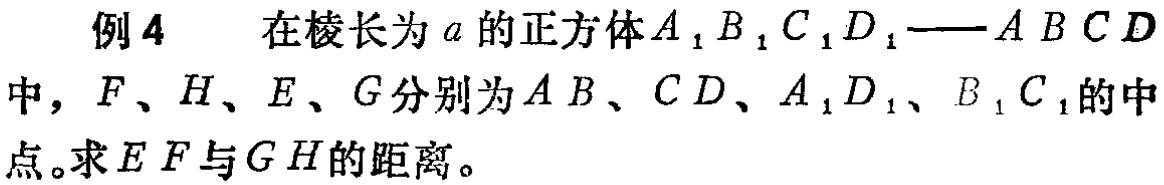
例4 在棱长为\(a\)的正方体\(A_{1}B_{1}C_{1}D_{1}-ABCD\)中，\(F\)、\(H\)、\(E\)、\(G\)分别为\(AB\)、\(CD\)、\(A_{1}D_{1}\)、\(B_{1}C_{1}\)的中点。求\(EF\)与\(GH\)的距离。